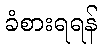
ခံစားရရန်